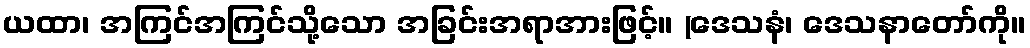
ယထာ၊ အကြင်အကြင်သို့သော အခြင်းအရာအားဖြင့်။ (ဒေသနံ၊ ဒေသနာတော်ကို။